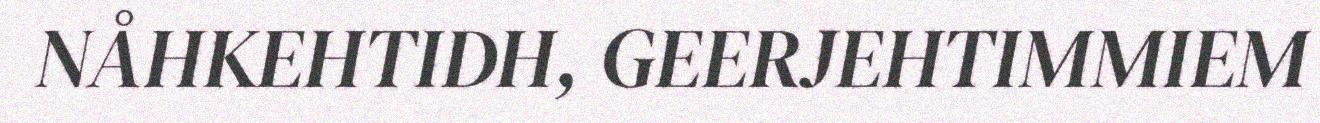
NÅHKEHTIDH, GEERJEHTIMMIEM